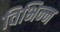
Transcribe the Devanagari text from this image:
विभिन्‍न